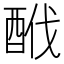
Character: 䣹